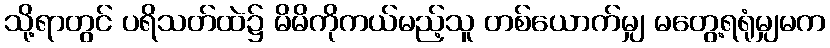
သို့ရာတွင် ပရိသတ်ထဲ၌ မိမိကိုကယ်မည့်သူ တစ်ယောက်မျှ မတွေ့ရရုံမျှမက